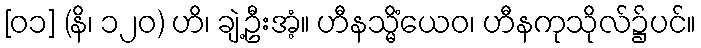
[၀၁] (နိ၊ ၁၂၀) ဟိ၊ ချဲ့ဦးအံ့။ ဟီနသ္မိံယေဝ၊ ဟီနကုသိုလ်၌ပင်။